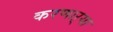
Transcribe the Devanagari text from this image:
करणाऱ्‍या